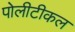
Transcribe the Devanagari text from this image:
पोलीटीकल